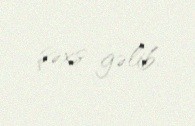
şəxs gəlib.